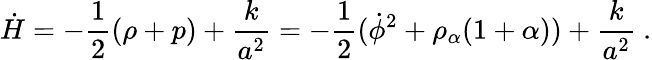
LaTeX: \dot{H}=-{\frac{1}{2}}(\rho+p)+{\frac{k}{a^{2}}}=-{\frac{1}{2}}(\dot{\phi}^{2}+\rho_{\alpha}(1+\alpha))+{\frac{k}{a^{2}}}\ .